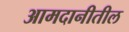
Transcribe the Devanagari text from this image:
आमदानीतील